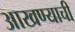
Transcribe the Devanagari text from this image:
आखण्याची